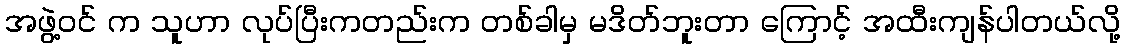
အဖွဲ့ဝင် က သူဟာ လုပ်ပြီးကတည်းက တစ်ခါမှ မဒိတ်ဘူးတာ ကြောင့် အထီးကျန်ပါတယ်လို့